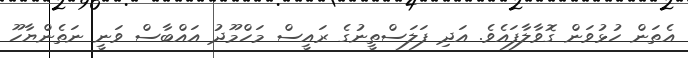
އެތަން ހުޅުވަން ގޮވާލާފައެވެ. އަދި ފަލަސްތީނުގެ ރައީސް މަހްމޫދު އައްބާސް ވަނީ ނަތެންޔާހޫ